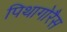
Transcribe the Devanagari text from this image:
पिथागोरैस